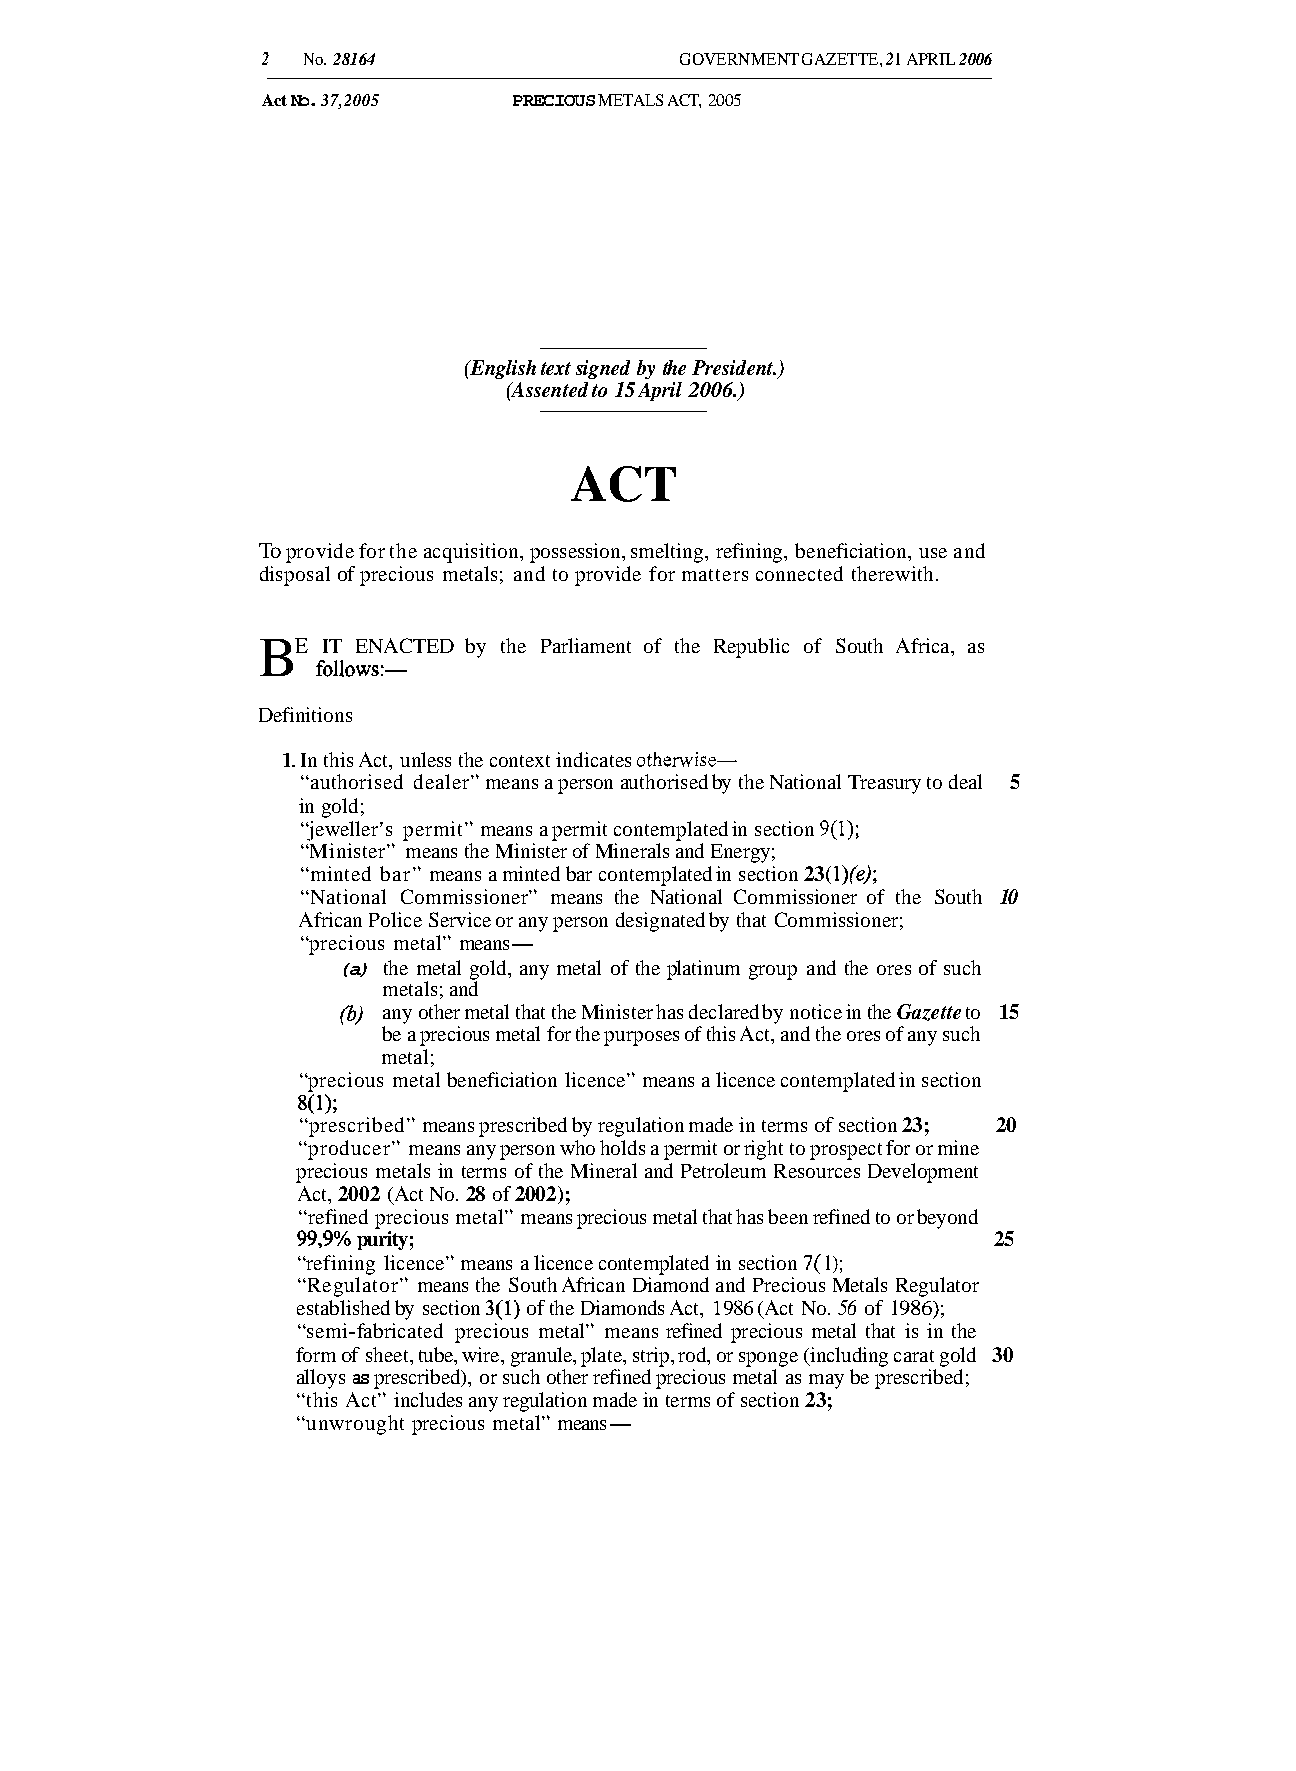
2  No. 28164                GOVERNMENT GAZETTE, 2 I APRIL 2006
 Act No. 37,2005  PRECIOUS METALS ACT, 2005
 (English text signed by the President.)
 (Assented to 15 April 2006.)
 ACT
 To provide for the acquisition, possession, smelting, refining, beneficiation, use and
 disposal of precious metals; and to provide for matters connected therewith.
 BE  IT ENACTED by the Parliament of the Republic of South Africa, as
 foii0Ws:-
 Definitions
 1. In this Act, unless the context indicates otherwise-
 “authorised dealer” means a person authorised by the National Treasury to deal 5
 in gold;
 “jeweller’s permit” means a permit contemplated in section 9( 1);
 “Minister” means the Minister of Minerals and Energy;
 “minted bar” means a minted bar contemplated in section 23( l)(e);
 “National Commissioner” means the National Commissioner of the South 10
 African Police Service or any person designated by that Commissioner;
 “precious metal” means-
 (a) the metal gold, any metal of the platinum group and the ores of such
 metals; and
 (b) any other metal that the Minister has declared by notice in the Gazette to 15
 be a precious metal for the purposes of this Act, and the ores of any such
 metal;
 “precious metal beneficiation licence” means a licence contemplated in section
 8U);
 “prescribed” means prescribed by regulation made in terms of section 23; 20
 “producer” means any person who holds a permit or right to prospect for or mine
 precious metals in terms of the Mineral and Petroleum Resources Development
 Act, 2002 (Act No. 28 of 2002);
 “refined precious metal” means precious metal that has been refined to or beyond
 99,9% purity;                                 25
 “refining licence” means a licence contemplated in section 7( 1);
 “Regulator” means the South African Diamond and Precious Metals Regulator
 established by section 3(1) of the Diamonds Act, 1986 (Act No. 56 of 1986);
 “semi-fabricated precious metal” means refined precious metal that is in the
 form of sheet, tube, wire, granule, plate, strip, rod, or sponge (including carat gold 30
 alloys as prescribed), or such other refined precious metal as may be prescribed;
 “this Act” includes any regulation made in terms of section 23;
 “unwrought precious metal” means-